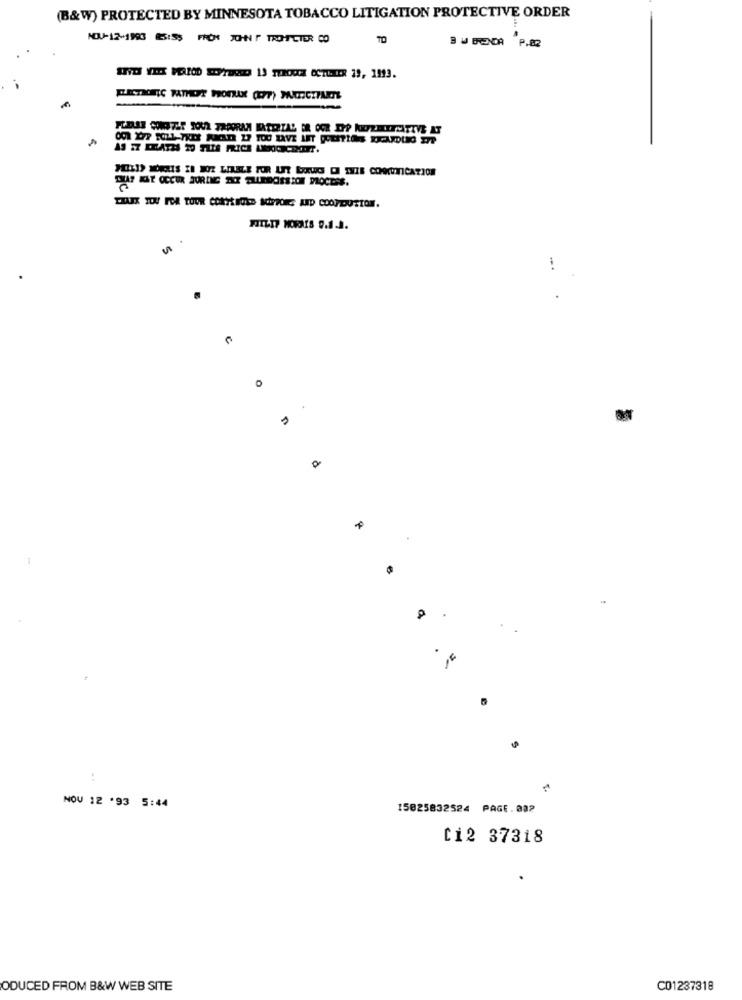
(B&W) PROTECTED BY MINNESOTA TOBACCO LITIGATION PROTECTIVE ORDER
NOU-12-1993 5:55 FROH JOHN F TROHTCTER CO
BU BOCA P.82
aid YEX MEALOD OTEQUO 13 TEROOIL ACTUAR 19, 1993.
POLIS MORRIS IN WOIZ LIKELE FOR UIT LOVIC D THIS COMMUNICATION
NOV 12 .93 5:44
15025832524 PAGE.082
C12 37318
ODUCED FROM B&W WEB SITE
C01237318